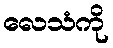
လေသံကို